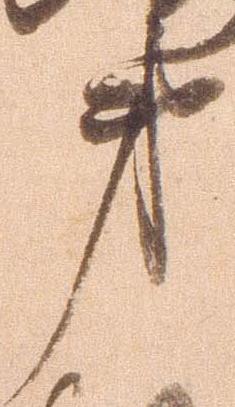
第